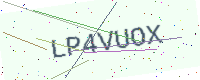
Text: LP4VUOX